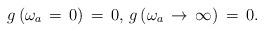
LaTeX: \begin{align*}g\left( \omega _{a}\,=\,0\right) \,=\,0,\,g\left( \omega _{a}\,\rightarrow\,\infty \right) \,=\,0.\end{align*}